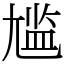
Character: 尴